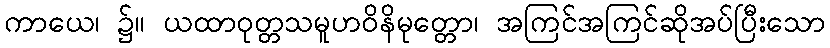
ကာယေ၊ ၌။ ယထာဝုတ္တသမူဟဝိနိမုတ္တော၊ အကြင်အကြင်ဆိုအပ်ပြီးသော